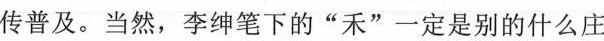
传普及。当然，李绅笔下的“禾”一定是别的什么庄